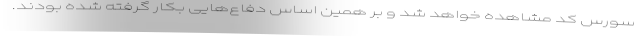
سورس کد مشاهده خواهد شد و بر همین اساس دفاع‌هایی بکار گرفته شده بودند.